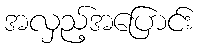
အလှည့်အပြောင်း